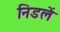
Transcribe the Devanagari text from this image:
निडलें